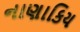
નાણાકિય